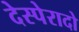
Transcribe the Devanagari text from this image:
देस्पेरादो